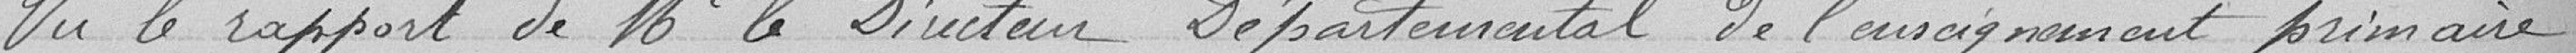
Vu le rapport de Mr le Directeur Départemental de l'enseignement primaire.